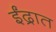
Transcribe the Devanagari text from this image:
ईंद्रात